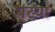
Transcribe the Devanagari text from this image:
घटया